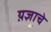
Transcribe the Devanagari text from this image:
य़ज्ञाचे